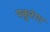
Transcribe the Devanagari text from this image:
पकुरंगा